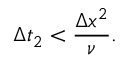
\Delta t _ { 2 } < \frac { \Delta x ^ { 2 } } { \nu } .